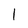
Character: l